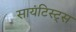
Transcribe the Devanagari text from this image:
सायंटिस्ट्स